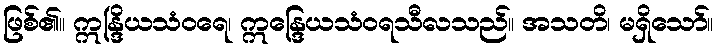
ဖြစ်၏။ ဣန္ဒြိယသံဝရေ၊ ဣန္ဒြေယသံဝရသီလသည်။ အသတိ၊ မရှိသော်။